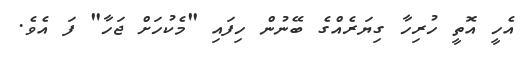
އެހީ އޮތީ ހުރިހާ ގިޔަރެއްގެ ބޭނުން ހިފައި "މެކުހަށް ޖަހާ" ފަ އެވެ.